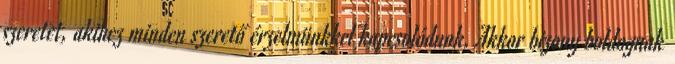
szeretet, akihez minden szerető érzelmünkkel kapcsolódunk. Akkor bizony boldognak